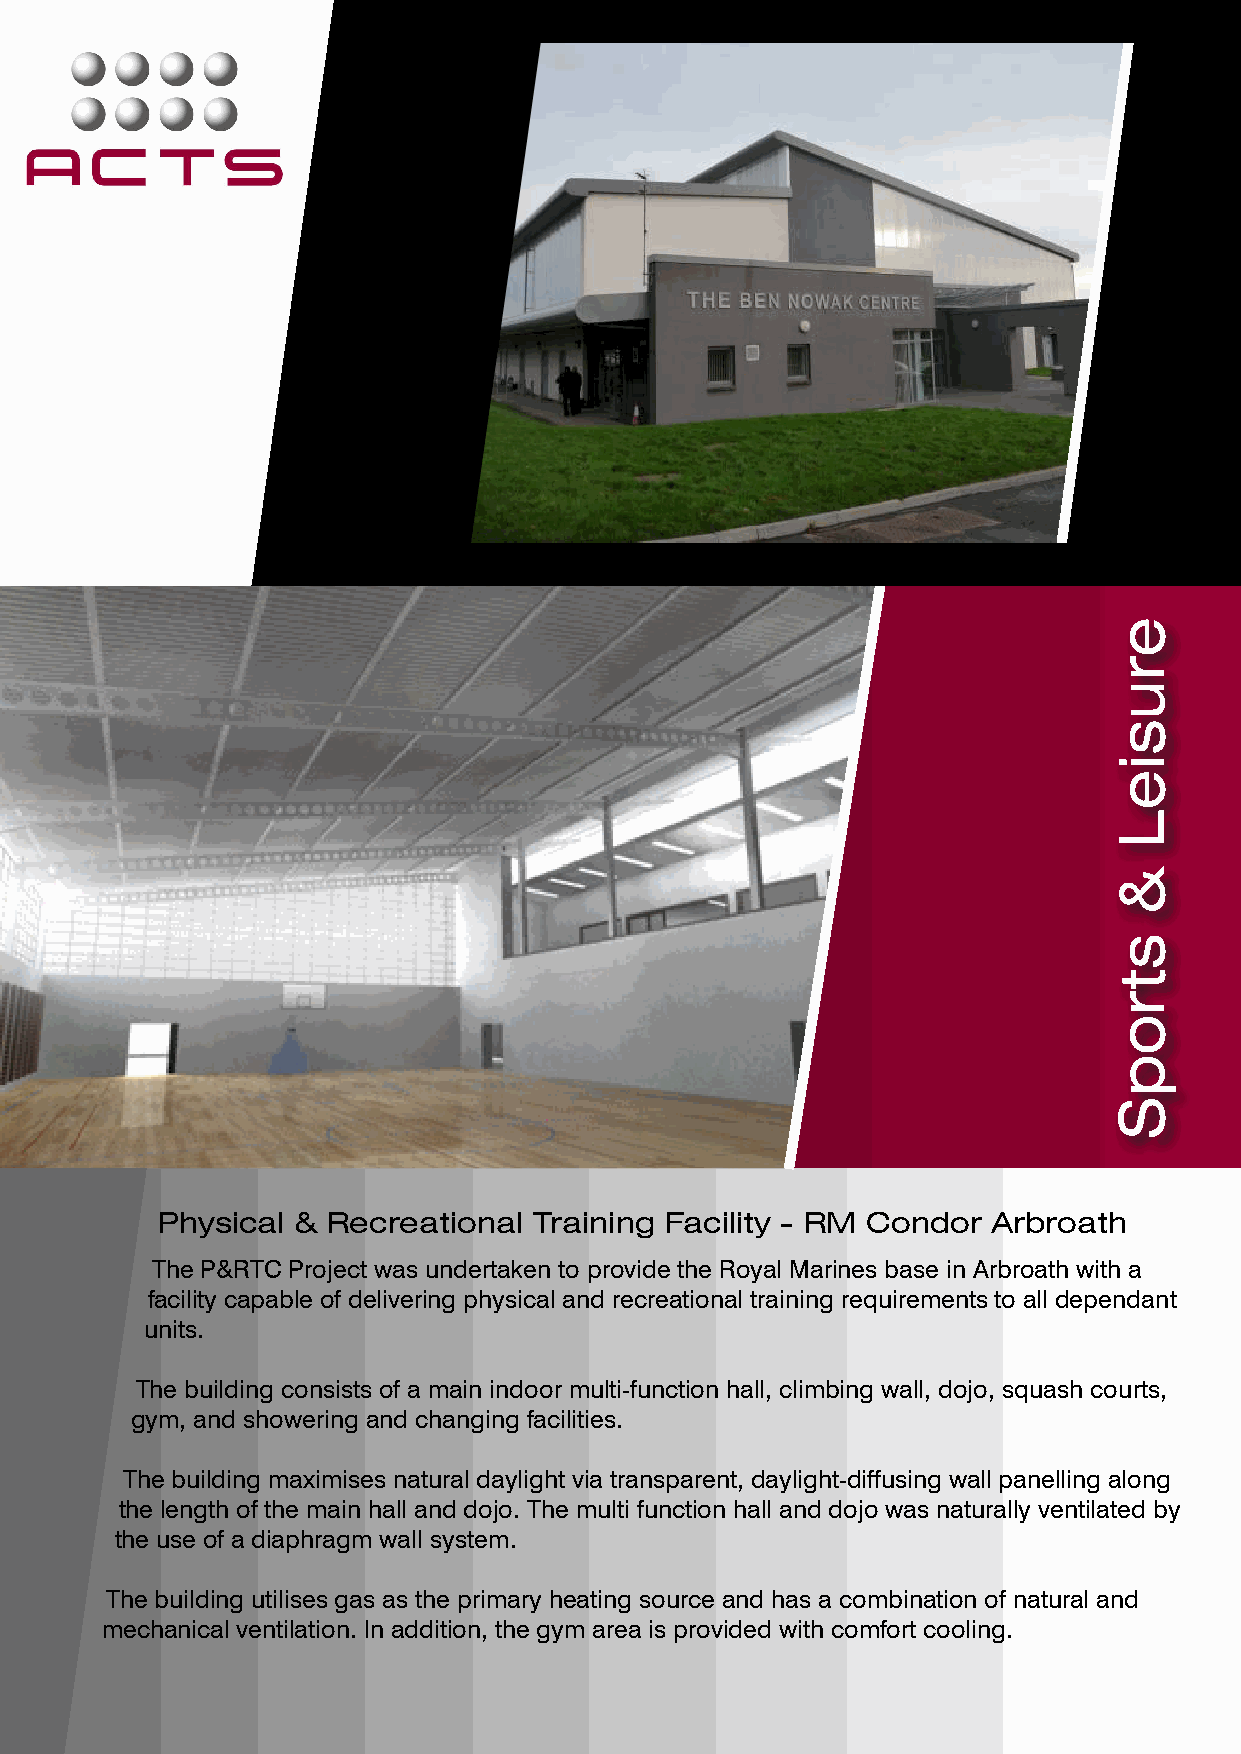
Physical  & Recreational Training Facility - RM Condor  Arbroath
 The P&RTC Project was undertaken to provide the Royal Marines base in Arbroath with a
 facility capable of delivering physical and recreational training requirements to all dependant
 units.
 The building consists of a main indoor multi-function hall, climbing wall, dojo, squash courts,
 gym, and showering and changing facilities.
 The building maximises natural daylight via transparent, daylight-diffusing wall panelling along
 the length of the main hall and dojo. The multi function hall and dojo was naturally ventilated by
 the use of a diaphragm wall system.
 The building utilises gas as the primary heating source and has a combination of natural and
 mechanical ventilation. In addition, the gym area is provided with comfort cooling.
 erusieL
 &
 stropS